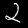
Digit: 2